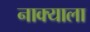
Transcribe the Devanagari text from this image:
नाक्याला